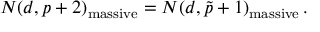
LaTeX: N ( d , p + 2 ) _ { \mathrm { m a s s i v e } } = N ( d , \tilde { p } + 1 ) _ { \mathrm { m a s s i v e } } \, .